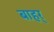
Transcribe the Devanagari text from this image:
बाहर्